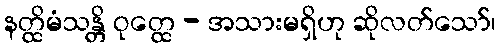
နတ္ထိမံသန္တိ ဝုတ္ထေ - အသားမရှိဟု ဆိုလတ်သော်၊